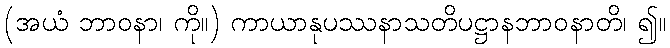
(အယံ ဘာဝနာ၊ ကို။) ကာယာနုပဿနာသတိပဋ္ဌာနဘာဝနာတိ၊ ၍။